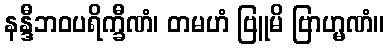
နန္ဒီဘဝပရိက္ခီဏံ၊ တမဟံ ဗြူမိ ဗြာဟ္မဏံ။